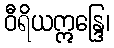
ဝီရိယဣန္ဒြေ၊